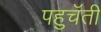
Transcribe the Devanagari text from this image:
पहुचॅती